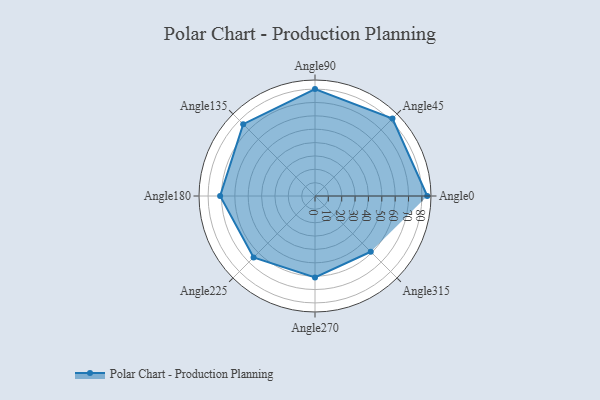
{"axis": {"x": "Angle", "y": "Radius"}, "legend": [""], "data": [{"x": "Angle0", "y": 84.0, "type": ""}, {"x": "Angle45", "y": 82.0, "type": ""}, {"x": "Angle90", "y": 80.0, "type": ""}, {"x": "Angle135", "y": 76.0, "type": ""}, {"x": "Angle180", "y": 71.0, "type": ""}, {"x": "Angle225", "y": 65.0, "type": ""}, {"x": "Angle270", "y": 61.0, "type": ""}, {"x": "Angle315", "y": 59.0, "type": ""}]}